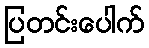
ပြတင်းပေါက်